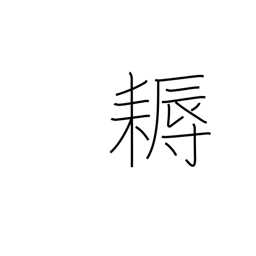
Meaning: hoe